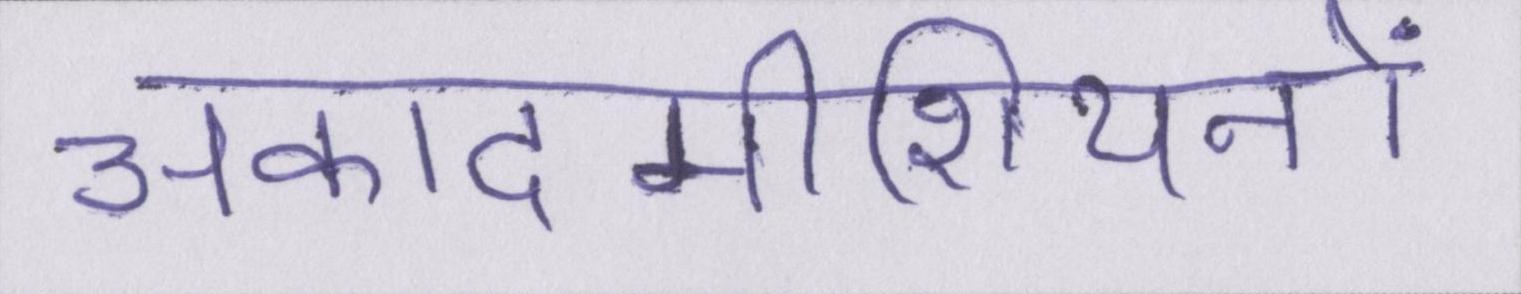
अकादमीशियनों